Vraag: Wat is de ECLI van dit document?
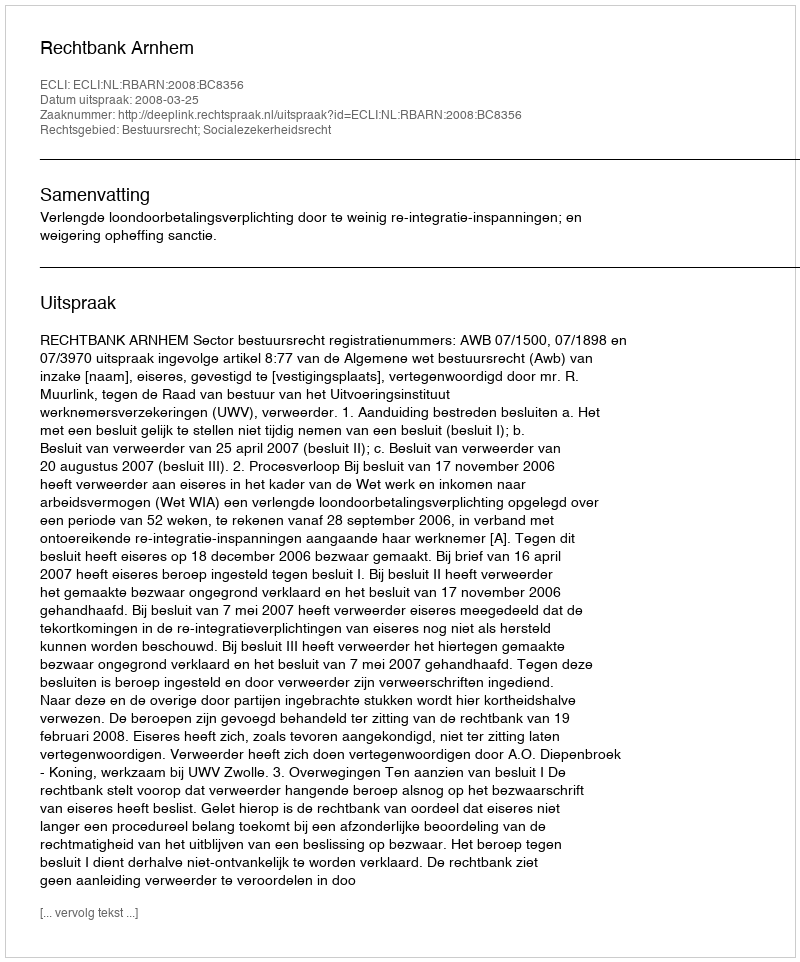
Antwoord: ECLI:NL:RBARN:2008:BC8356